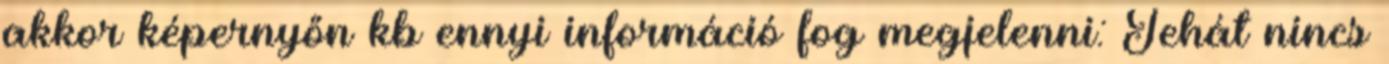
akkor képernyőn kb ennyi információ fog megjelenni: Tehát nincs